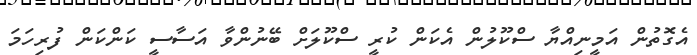
އެގޮތުން އަމީނިއްޔާ ސްކޫލުން އެކަން ކުރީ ސްކޫލަށް ބޭނުންވާ އަސާސީ ކަންކަން ފުރިހަމަ